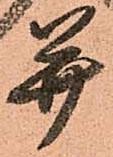
并